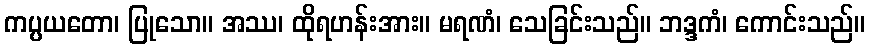
ကပ္ပယတော၊ ပြုသော။ အဿ၊ ထိုရဟန်းအား။ မရဏံ၊ သေခြင်းသည်။ ဘဒ္ဒကံ၊ ကောင်းသည်။